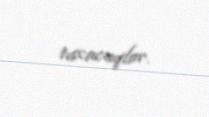
taxacaqlar.